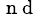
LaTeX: ^{\mathrm{~n~d~}}